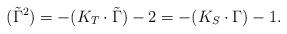
LaTeX: \begin{align*}(\tilde{\Gamma}^2) = - (K_T\cdot \tilde{\Gamma}) - 2 = - (K_S \cdot \Gamma) - 1.\end{align*}